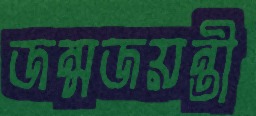
জন্মজয়ন্তী